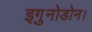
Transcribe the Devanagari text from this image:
इगु़नोडोन।